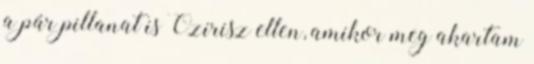
a pár pillanat is Ozirisz ellen, amikor meg akartam